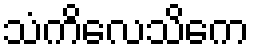
သံကိလေသိကေ